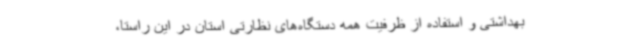
بهداشتی و استفاده از ظرفیت همه دستگاه‌های نظارتی استان در این راستا،